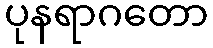
ပုနရာဂတော